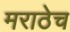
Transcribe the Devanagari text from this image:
मराठेच